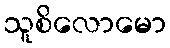
သူစိလောမော